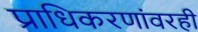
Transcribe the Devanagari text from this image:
प्राधिकरणांवरही